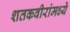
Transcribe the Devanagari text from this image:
शतकवीरांमध्ये